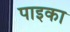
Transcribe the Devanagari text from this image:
पाइका